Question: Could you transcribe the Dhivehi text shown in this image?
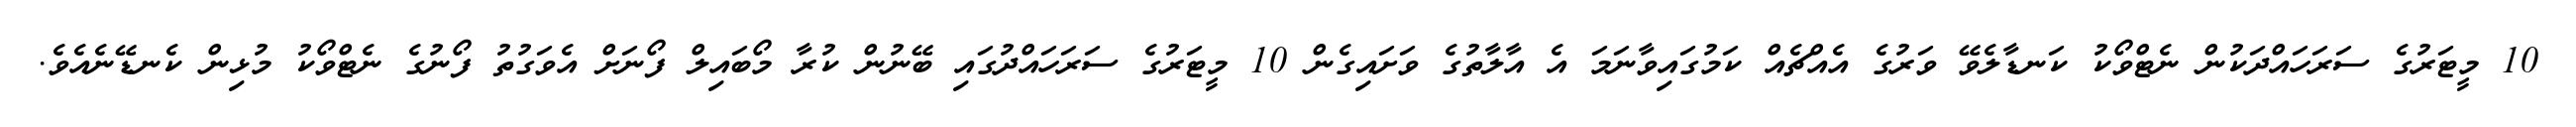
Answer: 10 މީޓަރުގެ ސަރަހައްދަކުން ނެޓްވޯކު ކަނޑާލެވޭ ވަރުގެ އެއްޗެއް ކަމުގައިވާނަމަ އެ އާލާތުގެ ވަށައިގެން 10 މީޓަރުގެ ސަރަހައްދުގައި ބޭނުން ކުރާ މޯބައިލް ފޯނަށް އެވަގުތު ފޯނުގެ ނެޓްވޯކު މުޅިން ކެނޑޭނެއެވެ.